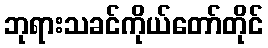
ဘုရားသခင်ကိုယ်တော်တိုင်